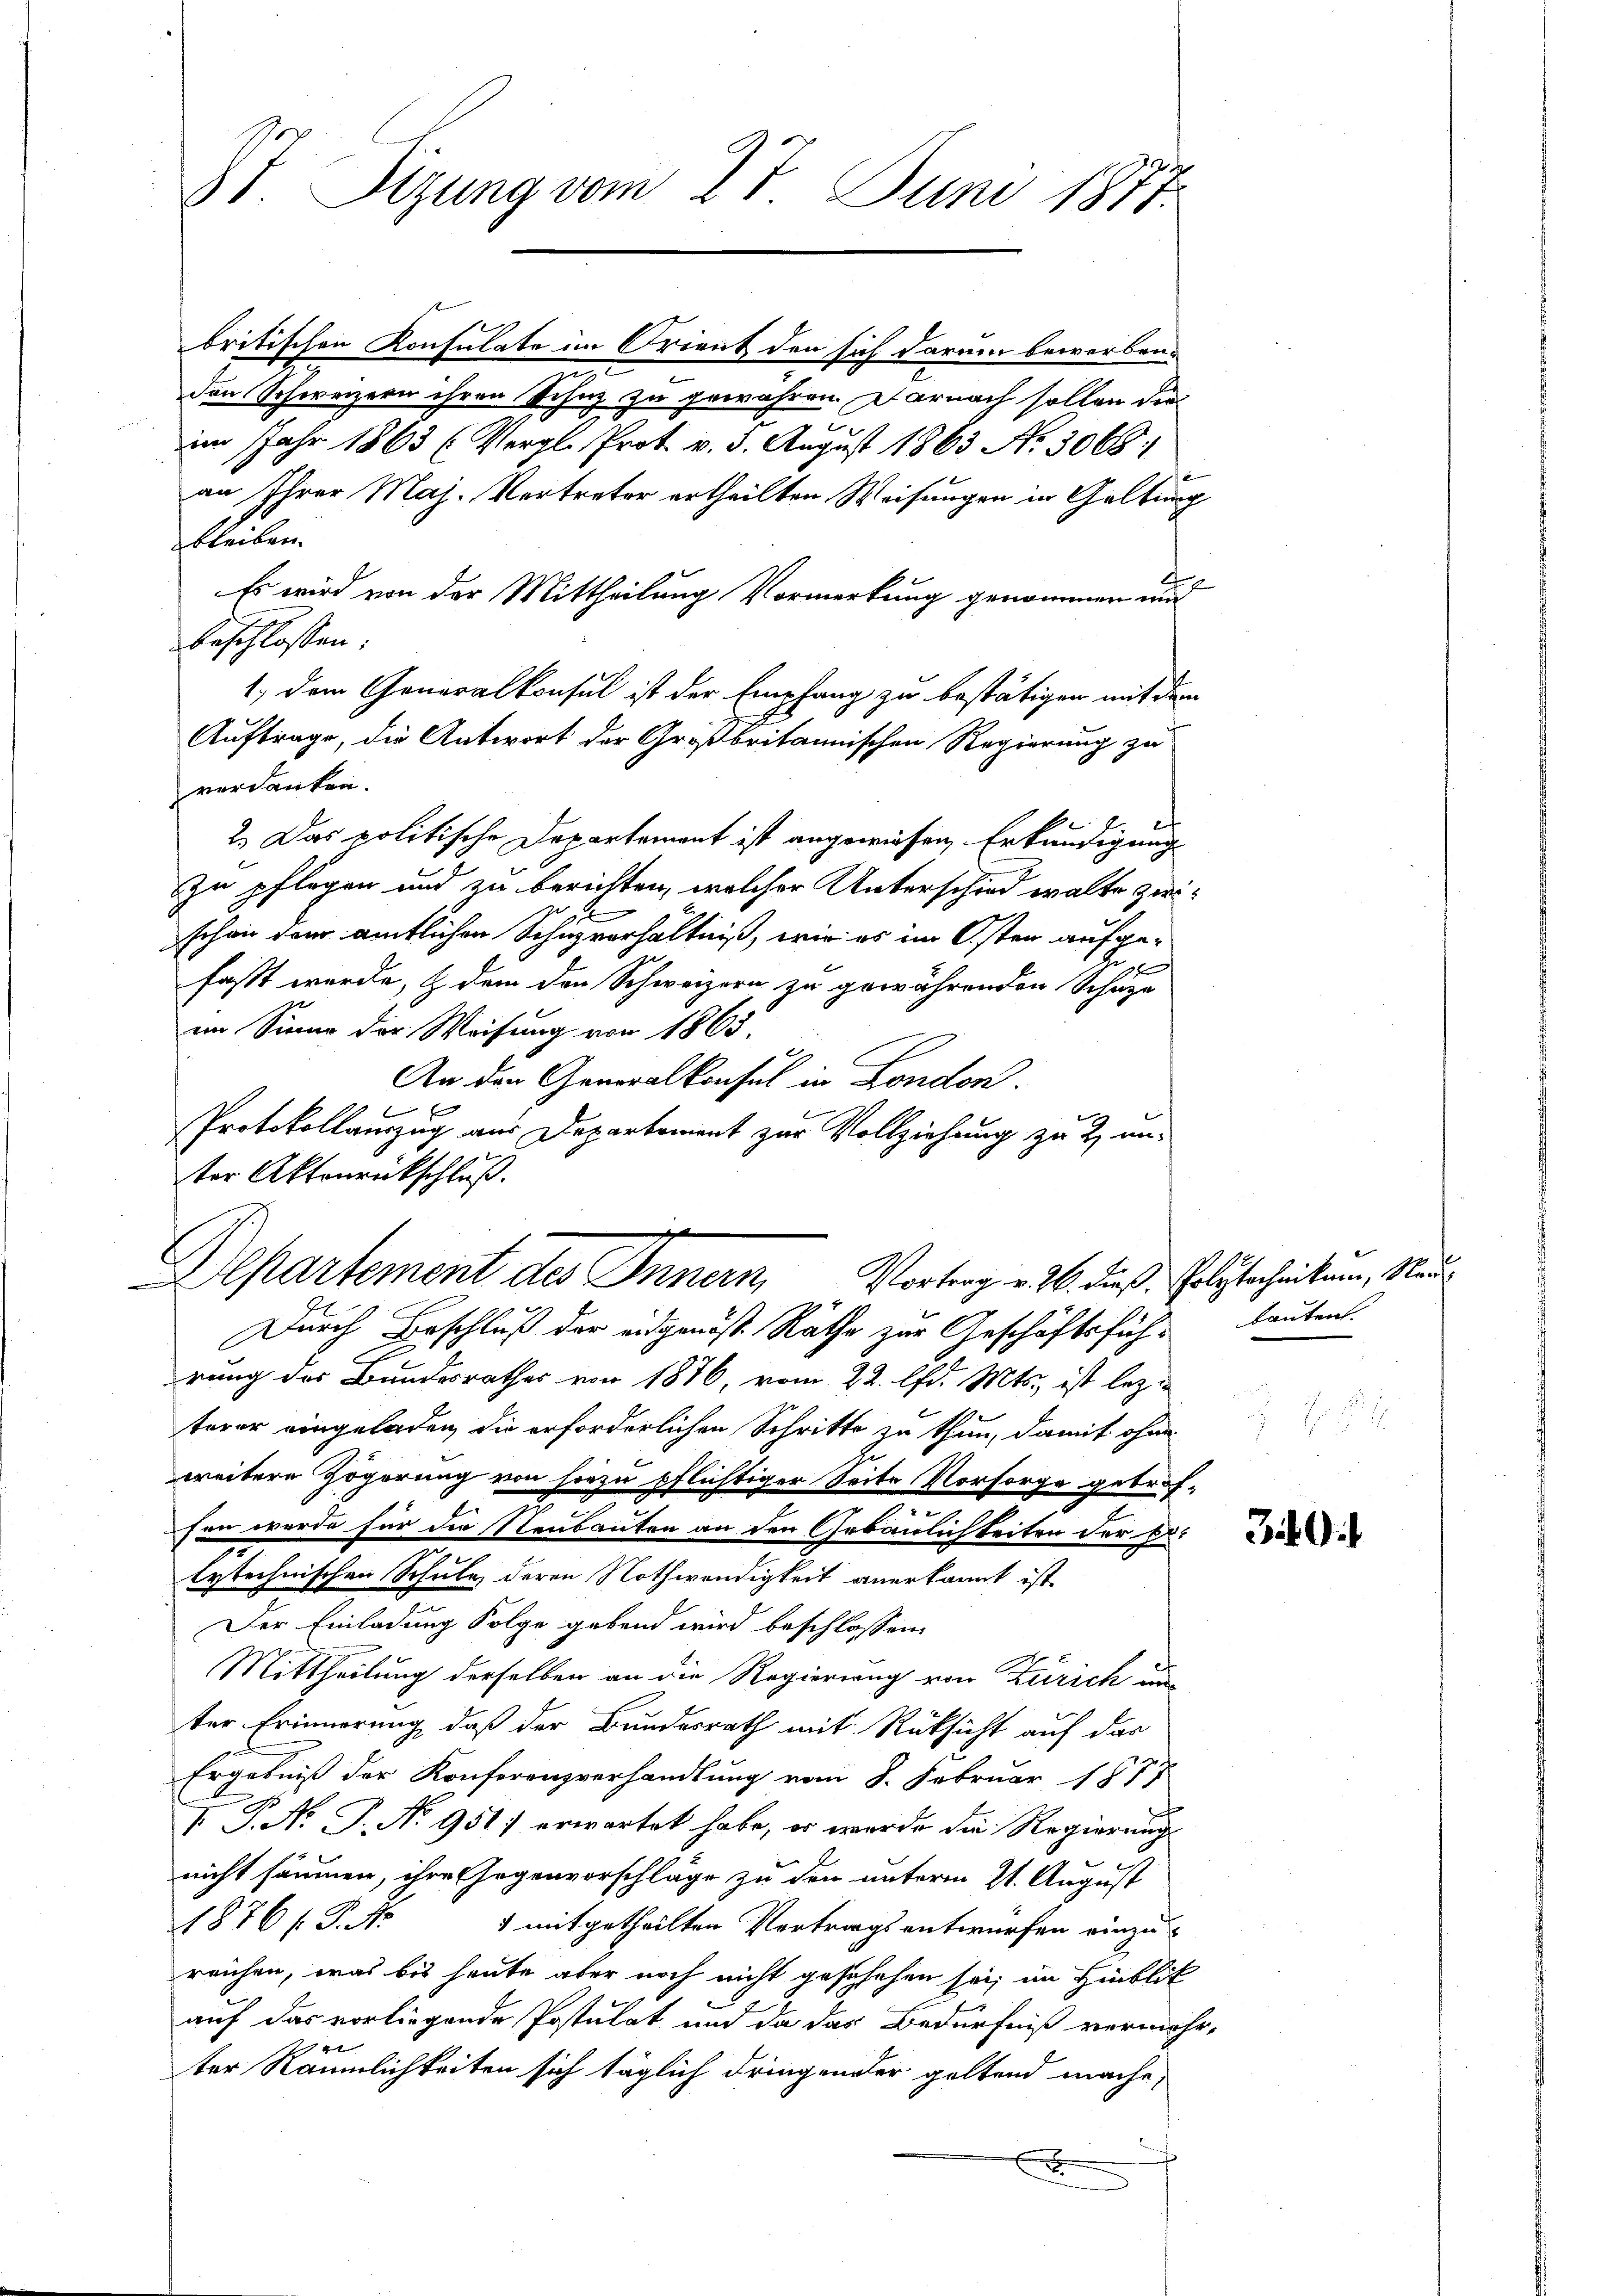
IT. Sizung vom 27. Juni 1871

britischen Konsulate im Orient den sich darum bewerbene
den Schweizern ihren Schaz zu gewähren. Darnach sollen die
im Jahr 1863 (Vergl. Prot. v. 3. August 1863 No. 3068.
an Ihrer Maj. Vertreter ertheilten Weisungen in Geltung
bleiben.
Es wird von der Mittheilung Vormerkung genommen wurd
beschlossen:
1.) Dem Generalkonsul ist der Empfang zu bestätigen mit dem
Auftrage, die Antwort der Großbritannischen Regierung zu
verdanken.
 d
2.) Das politische Departement ist angewiesen, Erkundigung
zu pflegen und zu berichten, welcher Unterschied walte zwischon dem amtlichen Schuzverhältniß, wir es im Osten aufge-
f
fasst wurde, & dem den Schweizern zu gewährenden Scheize
im Sinne der Weisung von 1863.
An den Generalkonsul in London.

Protokollauszug aus Departement zur Vollziehung zu 2. un-
ter Aktenrückschluß.
Departement des Innern, Vortrag v. 26. dieß. Polytechniker, Nau
Durch Beschluß der eidgenöst. Räthe zur Geschäftsführung des Bundesrathes von 1876, vom 22. lfd. Mts., ist lezterer eingeladen, die erforderlichen Schritte zu thun, damit ohne
weitere Zögerung von hiezu pflichtiger Seite Vorsorge getrof¬
u
fen wurde für der Neubauten an den Gebäulichkeiten der belytechnischen Schule deren Nothwendigkeit anerkannt ist.
Der Einladung Folge gebend wird beschlossen:
Mittheilung derselben an die Regierung von Zürich un
ter Erinnerung, daß der Bundesrath mit Rücksicht auf das
Ergebniß der Konferenzverhandlung vom 8. Februar 1877
 P. Nr. P. No 951) erwartet habe, er werde die Regierung
nicht säumen, ihre Gegenvorschläge zu den unterm 21. August
1876 f. No
1 mitgetheilten Vertragsentwürfen einzureichen, was bis heute aber noch nicht geschehen sei, im Hinblik
auf das vorliegende Postulat und da das Bedürfniß vermehter Räumlichkeiten sich täglich dringender geltend mache,
x

bauten.

39